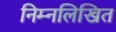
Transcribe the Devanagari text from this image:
निम्‍नलिखित